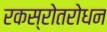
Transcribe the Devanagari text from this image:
रकस्रोतरोधन